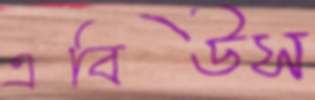
এবিউস